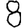
Digit: 8